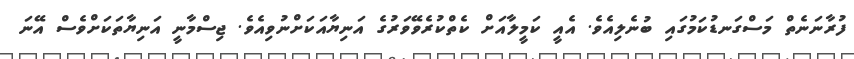
ފުރާނަނެތް މަސްގަނޑުކަމުގައި ބުނެލިއެވެ. އެއީ ކަމީލާއަށް ކެތްކުރެވޭވަރުގެ އަނިޔާއަކަށްނުވިއެވެ. ޖިސްމާނީ އަނިޔާތަކަށްވެސް އޭނަ